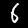
Digit: 6